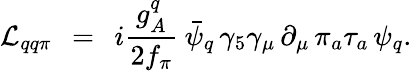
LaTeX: {\cal L}_{qq\pi}\: \: =\: \: i{\frac{g_{A}^{q}}{2f_{\pi}}}\: \bar{\psi}_{q}\, \gamma_{5}\gamma_{\mu}\, \partial_{\mu}\, \pi_{a}\tau_{a}\, \psi_{q}.